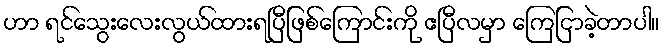
ဟာ ရင်သွေးလေးလွယ်ထားရပြီဖြစ်ကြောင်းကို ဧပြီလမှာ ကြေငြာခဲ့တာပါ။